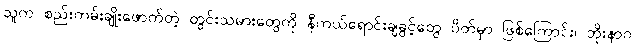
သူက စည်းကမ်းချိုးဖောက်တဲ့ တွင်းသမားတွေကို နီကယ်ရောင်းချခွင့်တွေ ပိတ်မှာ ဖြစ်ကြောင်း၊ ဘိုးနာဂ